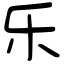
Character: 乐